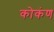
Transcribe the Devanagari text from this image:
कोकंण